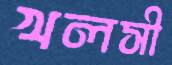
খলসী